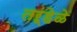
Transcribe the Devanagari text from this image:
तऱ्हेळे